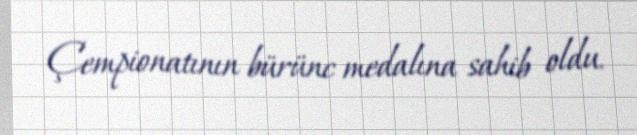
Çempionatının bürünc medalına sahib oldu.